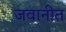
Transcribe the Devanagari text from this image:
जवानीत